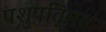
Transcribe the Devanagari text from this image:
पशुपतिमतं